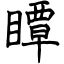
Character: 瞫